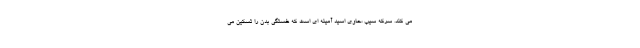
می کند. سرکه سیب ،حاوی اسید آمینه ای است که خستگی بدن را تسکین می